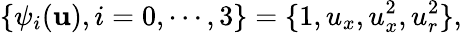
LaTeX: \{ \psi_{i}(\mathbf{u}),i=0,\cdots,3\} =\{ 1,u_{x},u_{x}^{2},u_{r}^{2}\} ,